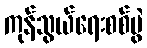
ကုန်သွယ်ရေးစစ်ပွဲ